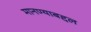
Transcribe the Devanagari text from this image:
मानण्याबद्दल